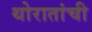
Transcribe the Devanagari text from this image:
थोरातांची